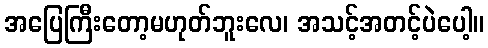
အပြေကြီးတော့မဟုတ်ဘူးလေ၊ အသင့်အတင့်ပဲပေါ့။